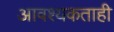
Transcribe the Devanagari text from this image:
आवश्यकताही